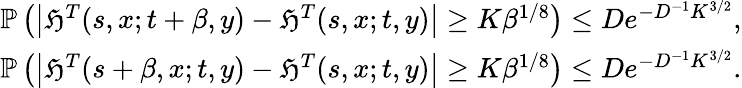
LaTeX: \begin{array}{r}{\mathbb{P}\left(\left|\mathfrak{H}^{T}(s,x;t+\beta,y)-\mathfrak{H}^{T}(s,x;t,y)\right|\geq K\beta^{1/8}\right)\leq De^{-D^{-1}K^{3/2}},}\\ {\mathbb{P}\left(\left|\mathfrak{H}^{T}(s+\beta,x;t,y)-\mathfrak{H}^{T}(s,x;t,y)\right|\geq K\beta^{1/8}\right)\leq De^{-D^{-1}K^{3/2}}.}\end{array}